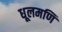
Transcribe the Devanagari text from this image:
धूलमणि